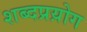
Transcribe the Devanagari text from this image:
शब्दप्रय़ोग